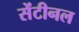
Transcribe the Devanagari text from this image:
सेंटीनल